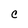
Character: c